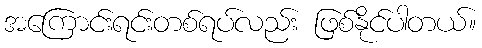
အကြောင်းရင်းတစ်ရပ်လည်း ဖြစ်နိုင်ပါတယ်။